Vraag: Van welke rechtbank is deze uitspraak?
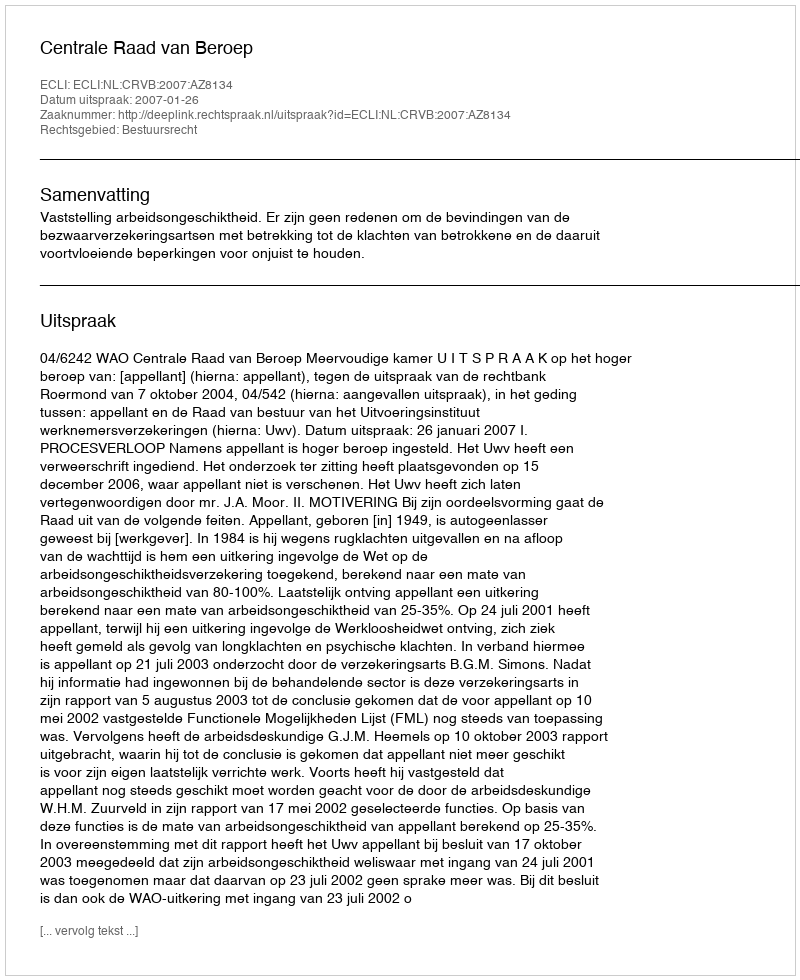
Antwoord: Centrale Raad van Beroep